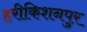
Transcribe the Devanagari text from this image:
हरीकिशनपुर